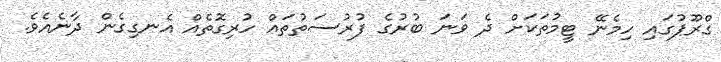
ގްރޫޕުގައި ހިމެނޭ ޓީމުތަކަށް ދެ ވަނަ ބުރުގެ ފުރުސަތުތައް ހުރިގޮތެއް އެނގިގެން ދާނެއެވެ.